Investigations on Bengal jail dietaries - Number 37
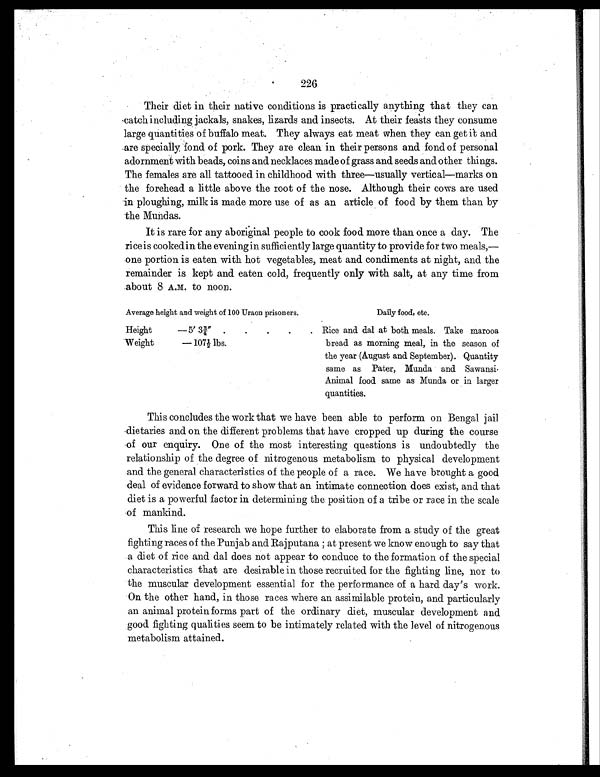
226
Their diet in their native conditions is practically anything that they can
catch including jackals, snakes, lizards and insects. At their feasts they consume
large quantities of buffalo meat. They always eat meat when they can get it and
are specially fond of pork. They are clean in their persons and fond of personal
adornment with beads, coins and necklaces made of grass and seeds and other things.
The females are all tattooed in childhood with three—usually vertical—marks on
the forehead a little above the root of the nose. Although their cows are used
in ploughing, milk is made more use of as an article of food by them than by
the Mundas.
It is rare for any aboriginal people to cook food more than once a day. The
rice is cooked in the evening in sufficiently large quantity to provide for two meals,—
one portion is eaten with hot vegetables, meat and condiments at night, and the
remainder is kept and eaten cold, frequently only with salt, at any time from
about 8 A.M. to noon.
Average height and weight of 100 Uraon prisoners.
Daily food, etc.
Height
—5′ 3 ¾ ″ .
.
.
.
. Rice and dal at both meals. Take marooa
bread as morning meal, in the season of
the year (August and September). Quantity
same as Pater, Munda and Sawansi.
Animal food same as Munda or in larger
quantities.
Weight
—107½ lbs.
This concludes the work that we have been able to perform on Bengal jail
dietaries and on the different problems that have cropped up during the course
of our enquiry. One of the most interesting questions is undoubtedly the
relationship of the degree of nitrogenous metabolism to physical development
and the general characteristics of the people of a race. We have brought a good
deal of evidence forward to show that an intimate connection does exist, and that
diet is a powerful factor in determining the position of a tribe or race in the scale
of mankind.
This line of research we hope further to elaborate from a study of the great
fighting races of the Punjab and Rajputana; at present we know enough to say that
a diet of rice and dal does not appear to conduce to the formation of the special
characteristics that are desirable in those recruited for the fighting line, nor to
the muscular development essential for the performance of a hard day's work.
On the other hand, in those races where an assimilable protein, and particularly
an animal protein forms part of the ordinary diet, muscular development and
good fighting qualities seem to be intimately related with the level of nitrogenous
metabolism attained.